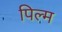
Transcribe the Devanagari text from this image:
पिल्म